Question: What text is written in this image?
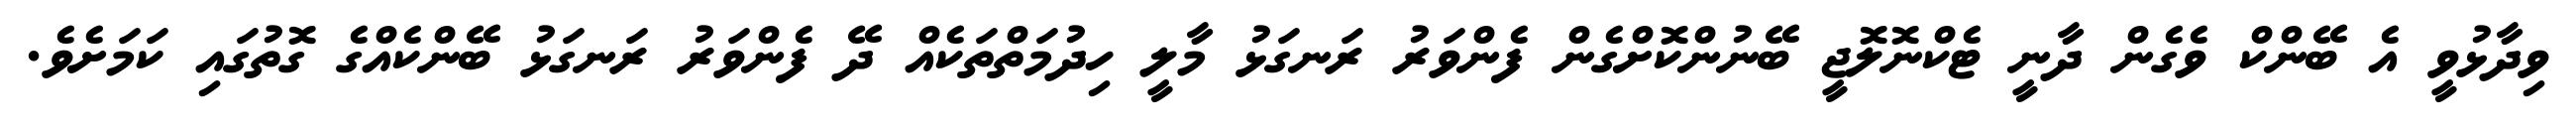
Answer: ވިދާޅުވީ އެ ބޭންކް ވެގެން ދާނީ ޓެކްނޮލޮޖީ ބޭނުންކޮށްގެން ފެންވަރު ރަނގަޅު މާލީ ހިދުމަތްތަކެއް ދޭ ފެންވަރު ރަނގަޅު ބޭންކެއްގެ ގޮތުގައި ކަމަށެވެ.